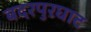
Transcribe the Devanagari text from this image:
बदरपुरघाट